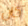
كان